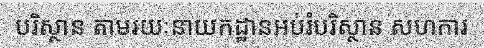
បរិស្ថាន តាមរយៈនាយកដ្ឋានអប់រំបរិស្ថាន សហការ